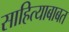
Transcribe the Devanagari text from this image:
साहित्याबाबत